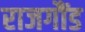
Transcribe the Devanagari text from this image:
राजगौंड